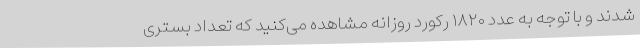
شدند و با توجه به عدد ۱۸۲۰ رکورد روزانه مشاهده می‌کنید که تعداد بستری